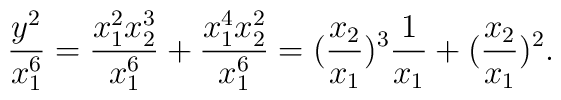
\frac{y^2}{x_1^6} =  \frac{x_1^2 x_2^3}{x_1^6} + \frac{x_1^4 x_2^2}{x_1^6}         =   (\frac{x_2}{x_1})^3 \frac{1}{x_1} + (\frac{x_2}{x_1})^2   .